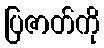
ပြဇာတ်ကို